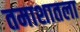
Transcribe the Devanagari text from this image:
तमाशातला